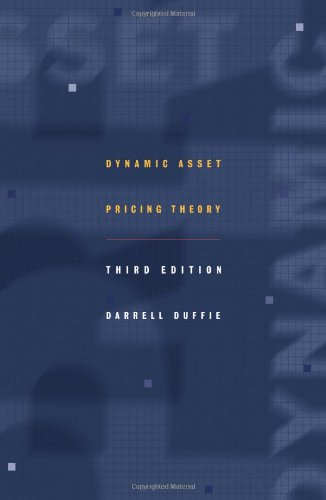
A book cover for Dynamic Asset Pricing Theory, Third Edition.; Darrell Duffie; Business & Money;